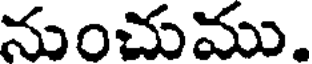
నుంచుము.